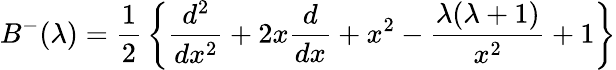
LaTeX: B^{-}(\lambda)={\frac{1}{2}}\left\{ {\frac{d^{2}}{dx^{2}}}+2x{\frac{d}{dx}}+x^{2}-{\frac{\lambda(\lambda+1)}{x^{2}}}+1\right\}